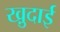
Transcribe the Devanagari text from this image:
खु़दाई